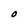
Character: O